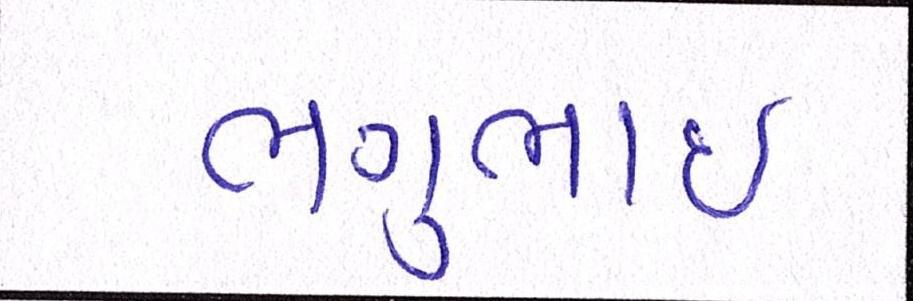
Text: ભગુભાઇ